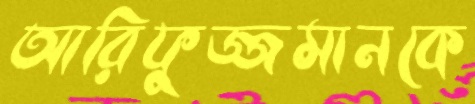
আরিফুজ্জমানকে